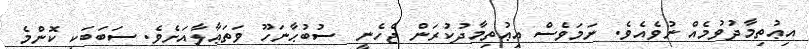
އިޢުތިމާދުވުމެއް ނުވެއެވެ. ނަމަވެސް އިޢުތިމާދުކުރަން ޖެހެނީ  ސުބުޙާނަހޫ ވަތަޢާލާއަށެވެ. ސަބަބަކީ ކޮންމެ